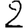
Digit: 2